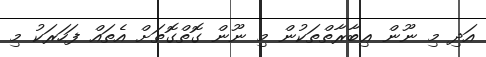
އަދި މި ނޫން ޢިބާރާތްތަކުން މި ނޫން ގޮތްގޮތަށް އެތައް ފަހަރަކު މި